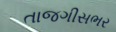
તાજગીસભર